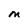
Character: M